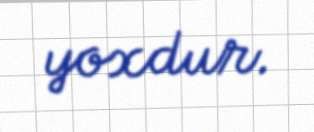
yoxdur.